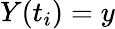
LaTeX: Y(t_{i})=y